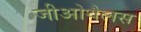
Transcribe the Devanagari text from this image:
जीओथैलस